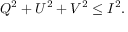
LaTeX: Q ^ { 2 } + U ^ { 2 } + V ^ { 2 } \leq I ^ { 2 } .